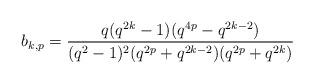
LaTeX: \begin{align*}b_{k,p} = \frac{q(q^{2k}-1)(q^{4p}-q^{2k-2})}{(q^2-1)^2(q^{2p}+q^{2k-2})(q^{2p}+q^{2k})}\end{align*}